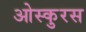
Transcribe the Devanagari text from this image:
ओस्कुरस